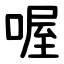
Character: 喔